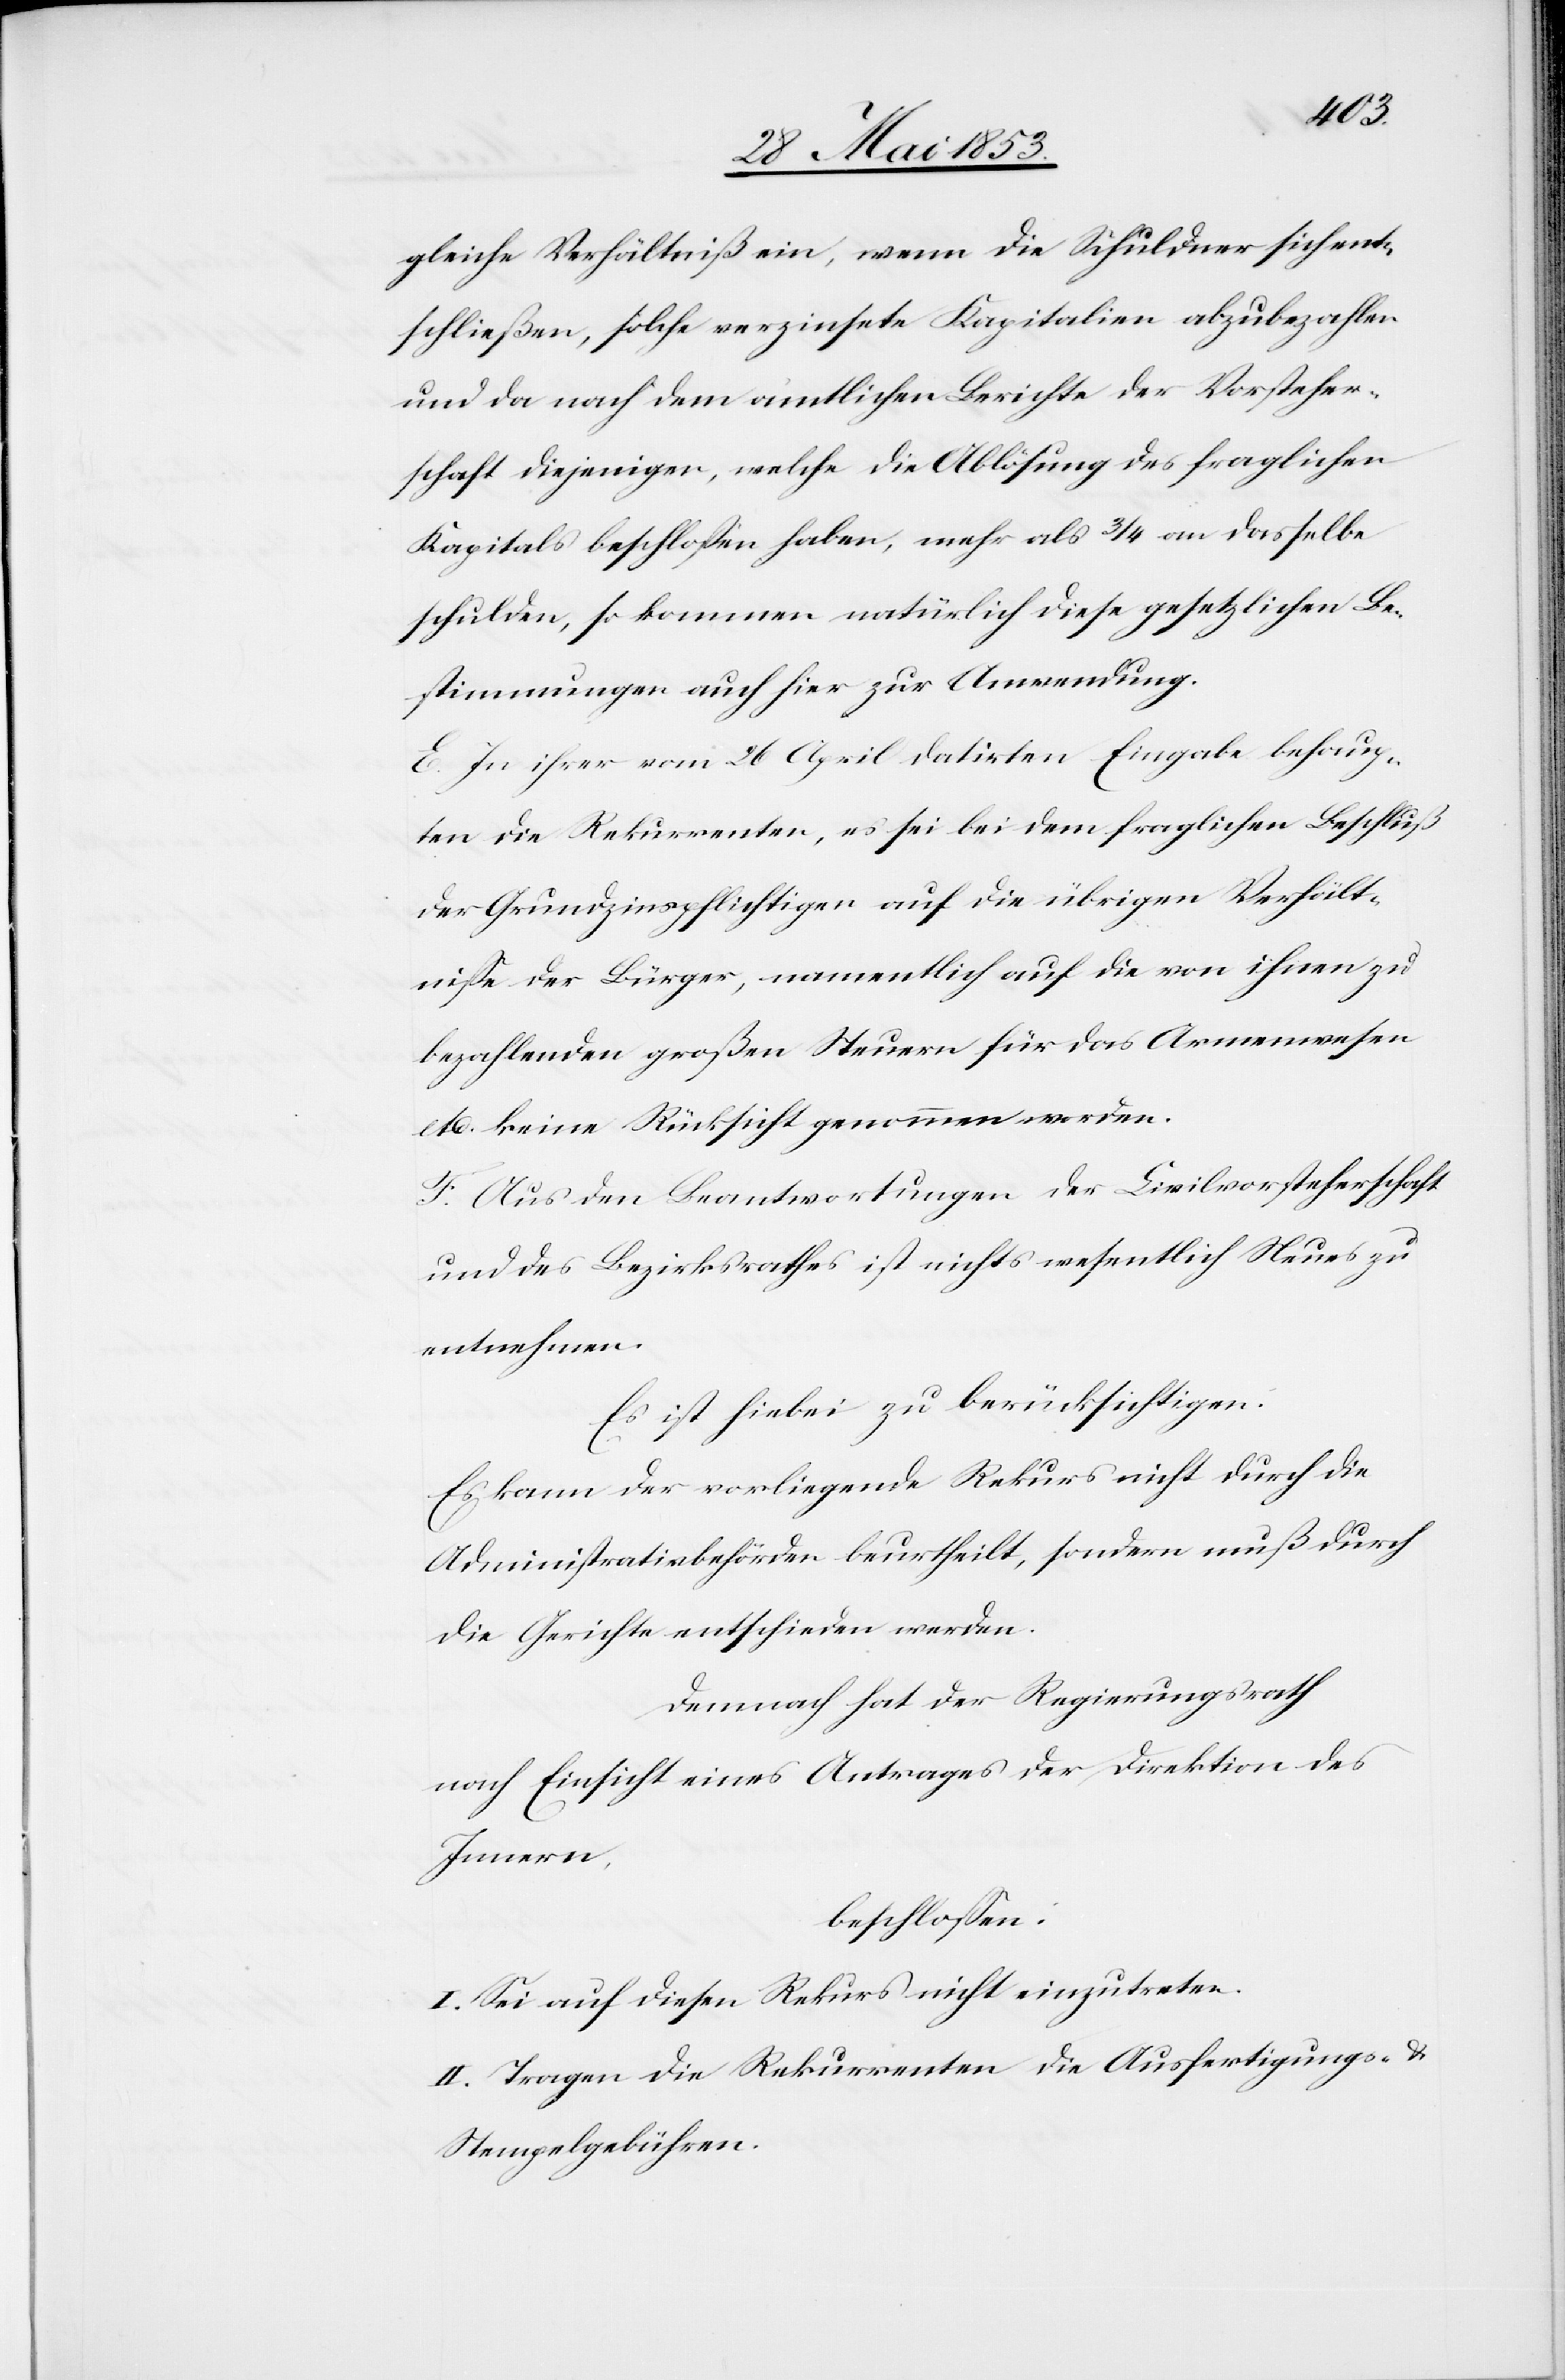
gleiche Verhältniß ein, wenn die Schuldner sich ent¬
schließen, solche verzinsete Kapitalien abzubezahlen
und da nach dem amtlichen Berichte der Vorsteher¬
schaft diejenigen, welche die Ablösung des fraglichen
Kapitals beschloßen haben, mehr als 3/4 an dasselbe
schulden, so kommen natürlich diese gesetzlichen Be¬
stimmungen auch hier zur Anwendung.
E. In ihrer vom 26 April datirten Eingabe behaup¬
ten die Rekurrenten, es sei bei dem fraglichen Beschluß
der Grundzinspflichtigen, auf die übrigen Verhält¬
niße der Bürger, namentlich auf die von ihnen zu
bezahlenden großen Steuern für das Armenwesen
etc. keine Rücksicht genommen worden.
F. Aus den Beantwortungen der Civilvorsteherschaft
und des Bezirksrathes ist nichts wesentlich Neues zu
entnehmen.
ist hiebei zu berücksichtigen:
Es kann der vorliegende Rekurs nicht durch die
Administrativbehörden beurtheilt, sondern muß durch
die Gerichte entschieden werden.
Demnach hat der Regierungsrath
nach Einsicht eines Antrages der Direktion des
Innern,
beschloßen:
I. Sei auf diesen Rekurs nicht einzutreten.
II. Tragen die Rekurrenten die Ausfertigungs- u.
Stempelgebühren.